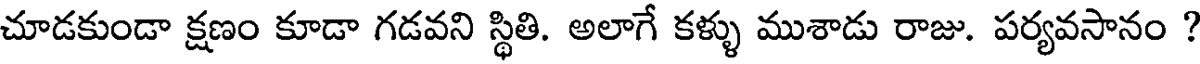
చూడకుండా క్షణం కూడా గడవని స్థితి. అలాగే కళ్ళు ముశాడు రాజు. పర్యవసానం ?